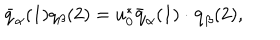
\bar { q } _ { \alpha } ( 1 ) q _ { \beta } ( 2 ) = u _ { 0 } ^ { * } \bar { \bf q } _ { \alpha } ( 1 ) \cdot { \bf q } _ { \beta } ( 2 ) ,